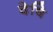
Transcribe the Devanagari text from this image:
देषि